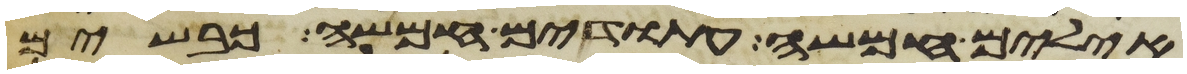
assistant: אילים חמשה עתודים חמשה כבשים